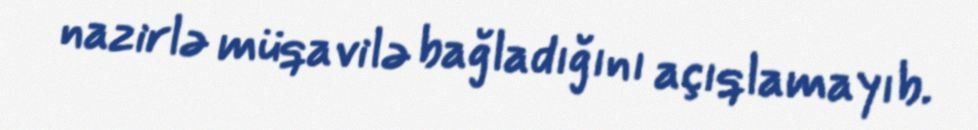
nazirlə müqavilə bağladığını açıqlamayıb.